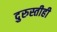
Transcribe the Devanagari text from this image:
दुरुस्तीही